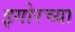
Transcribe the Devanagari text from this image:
इगोरच्या